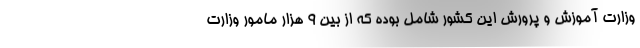
وزارت آموزش و پرورش این کشور شامل بوده که از بین ۹ هزار مامور وزارت